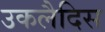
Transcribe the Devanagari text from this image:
उकलैदिस